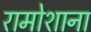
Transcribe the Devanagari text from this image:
रामोशाना